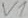
Text: V1